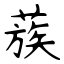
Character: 蔟